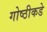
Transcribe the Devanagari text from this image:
गोष्ठीकडे